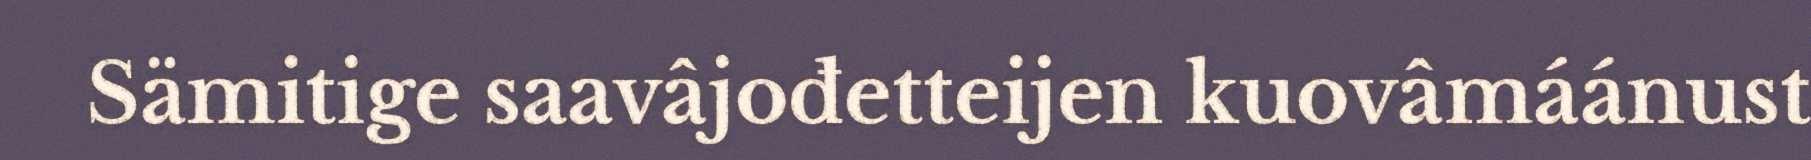
Sämitige saavâjođetteijen kuovâmáánust